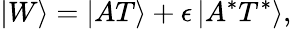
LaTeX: \left|W\right\rangle=\left|AT\right\rangle+\epsilon\left|A^{*}T^{*}\right\rangle,